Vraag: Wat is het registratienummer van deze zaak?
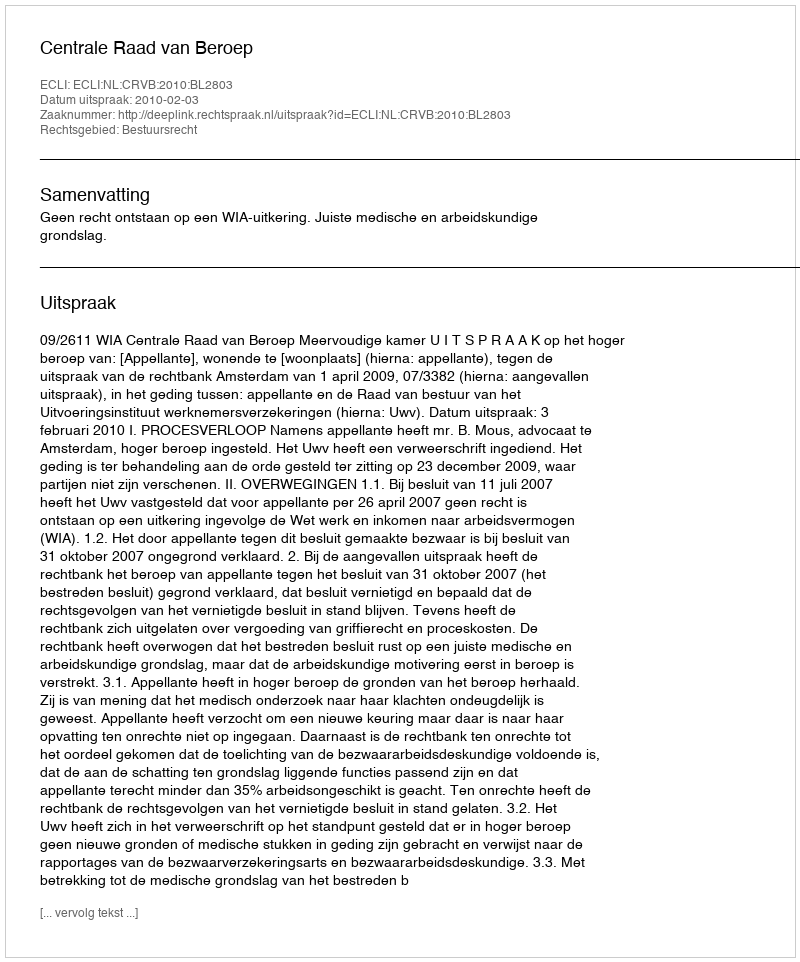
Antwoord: http://deeplink.rechtspraak.nl/uitspraak?id=ECLI:NL:CRVB:2010:BL2803